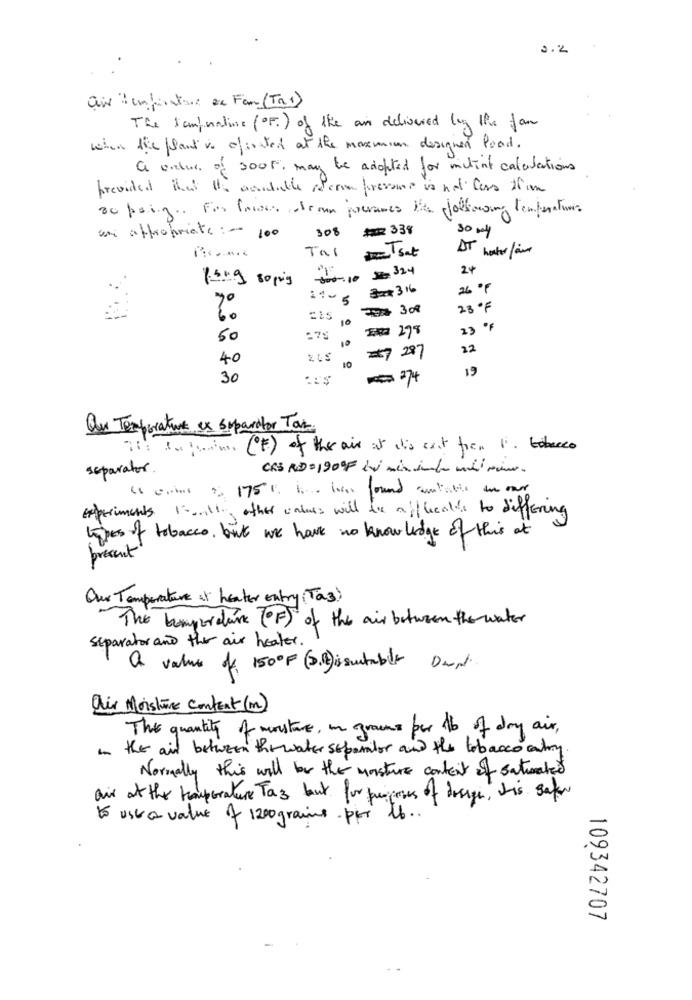
2.2
air temperature ex Fan (Tn1)
The tampnative (OF) of the an delivered by the fan
when the plant is ofissted at the maxmin designer food.
a undur of 3005. may be adopted for mitint calculations
provided that the asudable nera fresones is not Cars thim
30 pring .. For lowes dram pocranes the following temperatures
30$ ## 338
30 my
an appropriate :- 100
AT water faire
Tal Tsat
24
150g 8opis 10 324
14-5 316
26 ºF
77 308
23 ºF
60
10
23 ºF
50
10
22
40
205
10
27 287
19
30
-274
Qu Temperature ex separator Tax.
it: 10 0m. (F) of the air it it's cast from 1. tobacco
separator.
CRS RD=1909F bei mir inda indirim.
4 coins $ 175% ist has found antable in our
experiments 1 ... 11, other values will die afflicable to differing
types of tobacco, but we have no knowledge of this at
present
Our Temperature et heater entry ( Tas)
The bumperdark (OF) of the air between the water
Separator and the air healer.
a value of 1500F (3.)issuitable Dent.
air Moisture Content(m)
The quantity of moisture, in growns per lb of dry air,
in the air between the water separator and the tobacco antry.
Normally this will be the moisture content of saturated
air at the hauperature Tas but for purposes of design, his safer
to use a value of 1200grains per lb ..
109342707